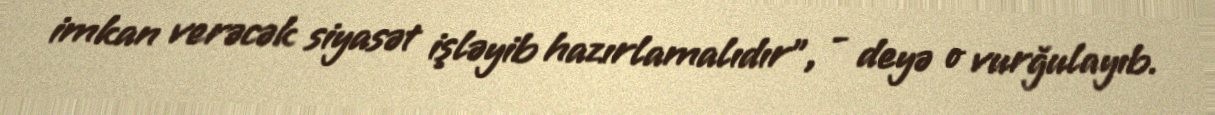
imkan verəcək siyasət işləyib hazırlamalıdır”, - deyə o vurğulayıb.